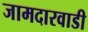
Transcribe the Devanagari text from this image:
जामदारवाडी